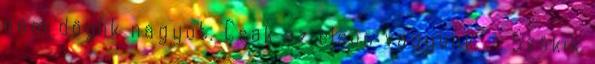
nem döglik nagyot. Csak az elsőn vagyunk. - Szökik